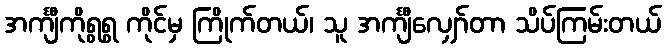
အင်္ကျီကိုရွရွ ကိုင်မှ ကြိုက်တယ်၊ သူ အင်္ကျီလျှော်တာ သိပ်ကြမ်းတယ်